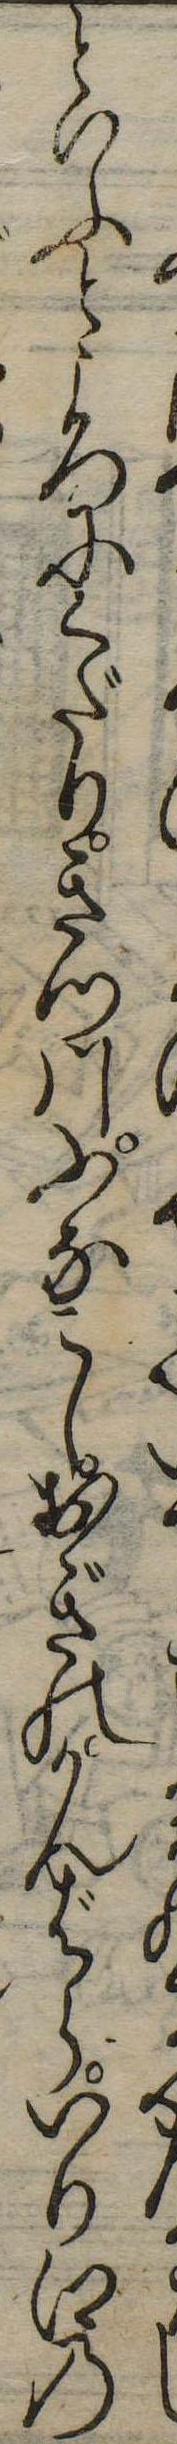
といふところにくだりきつ川ふなこしおぎのかんばらいり江の